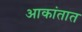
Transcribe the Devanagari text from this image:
आकांतात